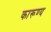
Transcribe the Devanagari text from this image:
कारूण्य